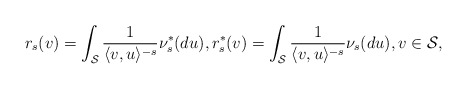
\begin{align*} r_{s}(v) = \int_{\mathcal{S}} \frac{1}{ \langle v, u \rangle^{-s} } \nu^*_{s}(du), r_{s}^*(v) = \int_{\mathcal{S}} \frac{1}{ \langle v, u \rangle^{-s} } \nu_{s}(du), v \in \mathcal{S}, \end{align*}